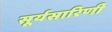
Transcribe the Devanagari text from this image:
सूर्यसारिणी